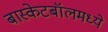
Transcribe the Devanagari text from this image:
बास्केटबॉलमध्ये